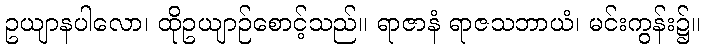
ဥယျာနပါလော၊ ထိုဥယျာဉ်စောင့်သည်။ ရာဇာနံ ရာဇသဘာယံ၊ မင်းကွန်း၌။